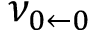
\nu _ { 0 \leftarrow 0 }